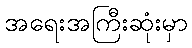
အရေးအကြီးဆုံးမှာ